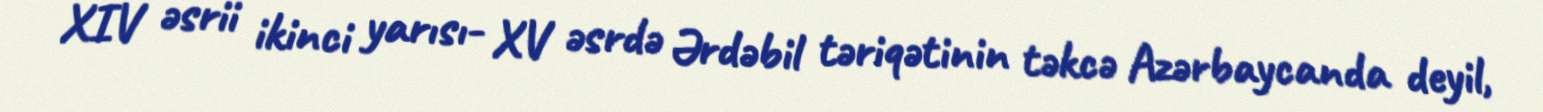
XIV əsrii ikinci yarısı- XV əsrdə Ərdəbil təriqətinin təkcə Azərbaycanda deyil,